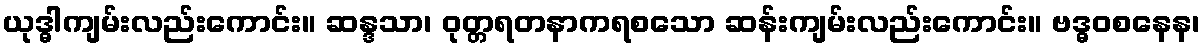
ယုဒ္ဓါကျမ်းလည်းကောင်း။ ဆန္ဒသာ၊ ဝုတ္တရတနာကရစသော ဆန်းကျမ်းလည်းကောင်း။ ဗဒ္ဓဝစနေန၊